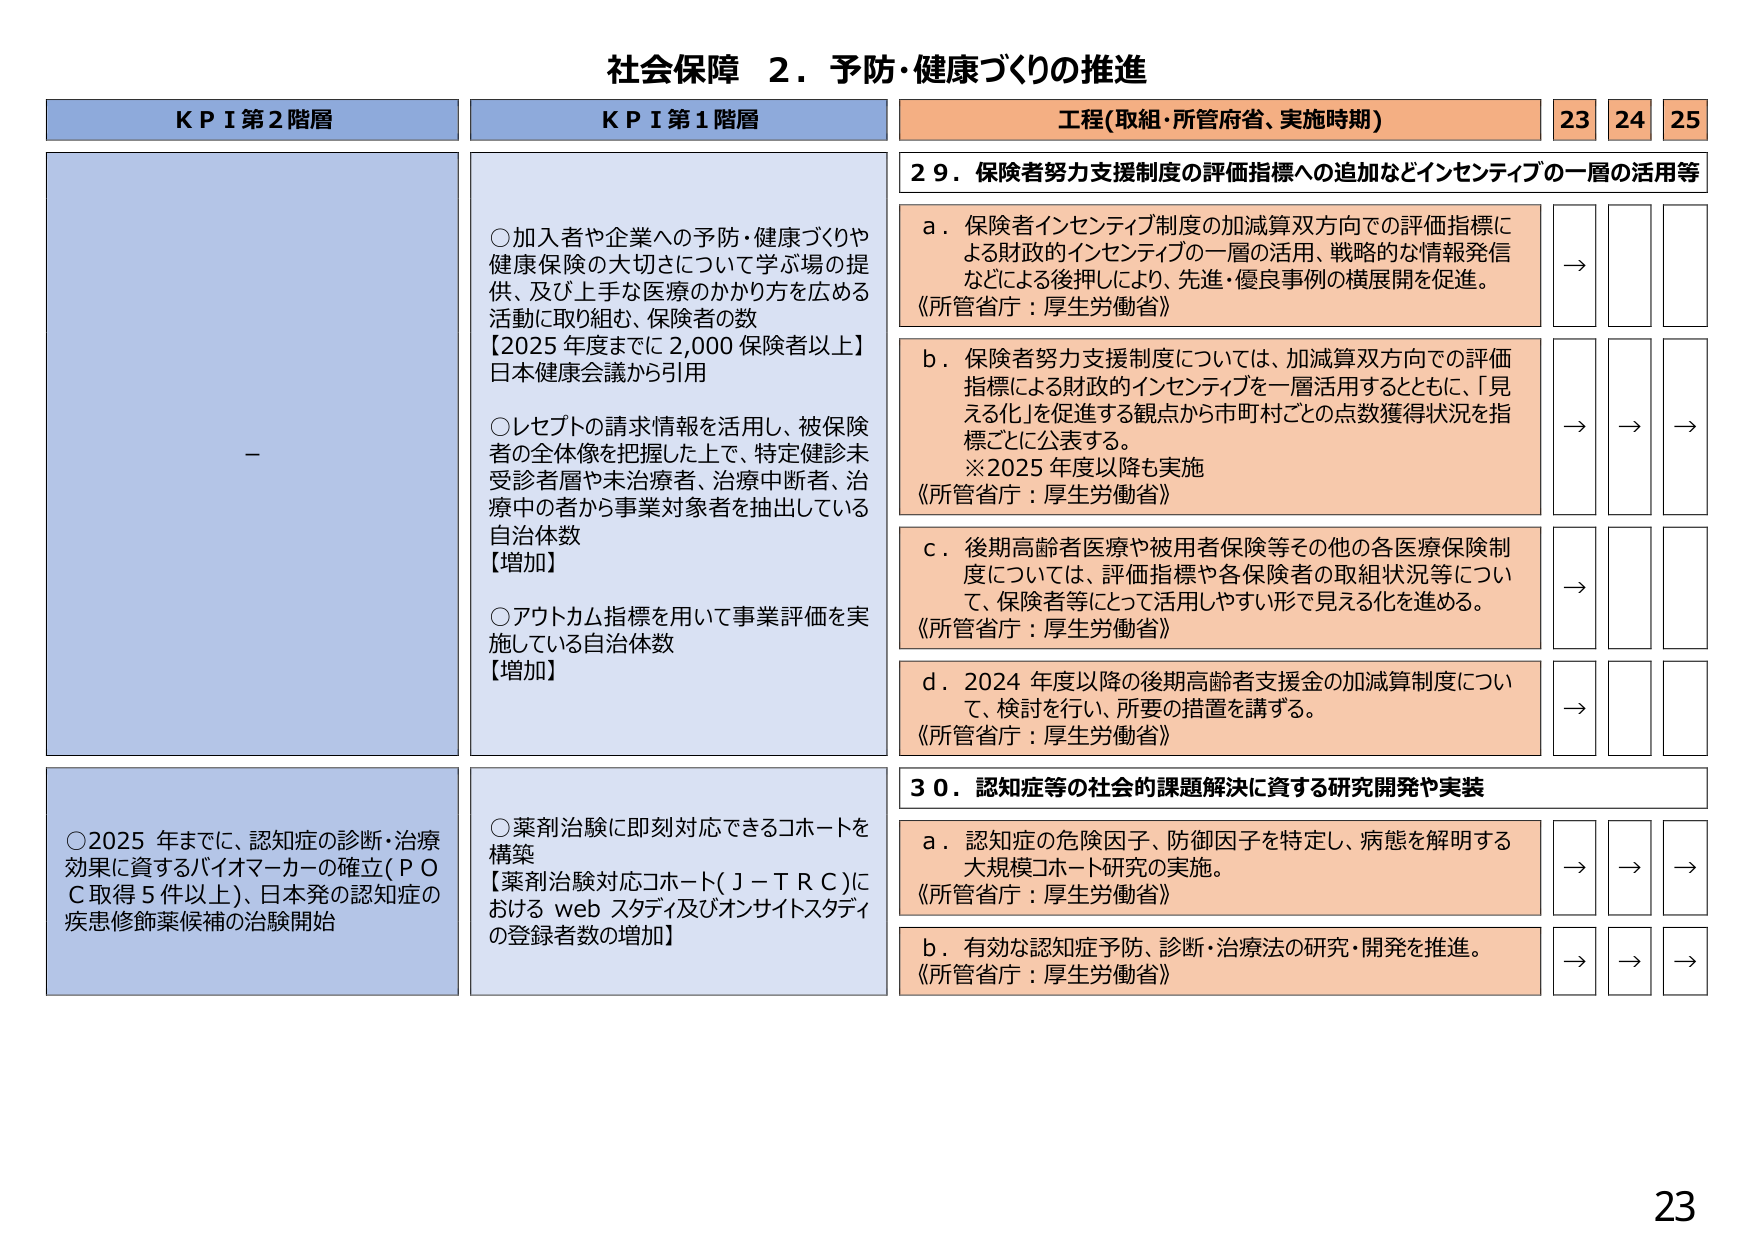
社会保障 ２．予防・健康づくりの推進

KPI 第2階層
－

KPI 第1階層
○加入者や企業への予防・健康づくりや健康保険の大切さについて学ぶ場の提供、及び上手な医療のかかり方を広める活動に取り組む、保険者の数
【2025年度までに2,000保険者以上】
日本健康会議から引用

○レセプトの請求情報を活用し、被保険者の全体像を把握した上で、特定健診未受診者層や未治療者、治療中断者、治療中の者から事業対象者を抽出している自治体数
【増加】

○アウトカム指標を用いて事業評価を実施している自治体数
【増加】

○2025年までに、認知症の診断・治療効果に資するバイオマーカーの確立（ＰＯＣ取得5件以上）、日本発の認知症の疾患修飾薬候補の治験開始

○薬剤治験に即刻対応できるコホートを構築
【薬剤治験対応コホート（Ｊ－ＴＲＣ）におけるwebスタディ及びオンサイトスタディの登録者数の増加】

工程（取組・所管府省、実施時期）
23 24 25

29．保険者努力支援制度の評価指標への追加などインセンティブの一層の活用等

a．保険者インセンティブ制度の加減算双方向での評価指標による財政的インセンティブの一層の活用、戦略的な情報発信などによる後押しにより、先進・優良事例の横展開を促進。
《所管省庁：厚生労働省》
→

b．保険者努力支援制度については、加減算双方向での評価指標による財政的インセンティブを一層活用するとともに、「見える化」を促進する観点から市町村ごとの点数獲得状況を指標ごとに公表する。
※2025年度以降も実施
《所管省庁：厚生労働省》
→ → →

c．後期高齢者医療や被用者保険等その他の各医療保険制度については、評価指標や各保険者の取組状況等について、保険者等にとって活用しやすい形で見える化を進める。
《所管省庁：厚生労働省》
→

d．2024年度以降の後期高齢者支援金の加減算制度について、検討を行い、所要の措置を講ずる。
《所管省庁：厚生労働省》
→

30．認知症等の社会的課題解決に資する研究開発や実装

a．認知症の危険因子、防御因子を特定し、病態を解明する大規模コホート研究の実施。
《所管省庁：厚生労働省》
→ → →

b．有効な認知症予防、診断・治療法の研究・開発を推進。
《所管省庁：厚生労働省》
→ → →

23